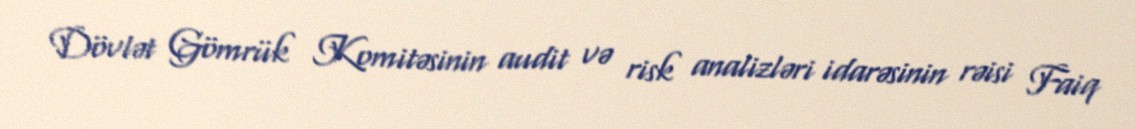
Dövlət Gömrük Komitəsinin audit və risk analizləri idarəsinin rəisi Faiq